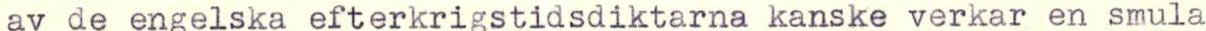
av de engelska efterkrigstidsdiktarna kanske verkar en smula